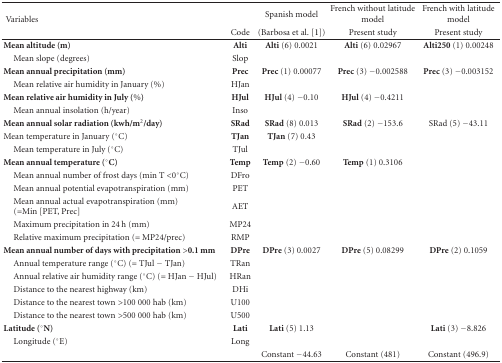
<table><thead><tr><td rowspan="2"><b> Variables</b></td><td></td><td><b>Spanish model</b></td><td><b>French without latitude model</b></td><td><b>French with latitude model</b></td></tr><tr><td><b>Code</b></td><td><b>(Barbosa et al. [1])</b></td><td><b>Present study</b></td><td><b>Present study</b></td></tr></thead><tbody><tr><td><b>Mean altitude (m)</b></td><td><b>Alti</b></td><td><b>Alti</b> (6) 0.0021</td><td><b>Alti</b> (6) 0.02967</td><td><b>Alti250</b> (1) 0.00248</td></tr><tr><td> Mean slope (degrees)</td><td>Slop</td><td></td><td></td><td></td></tr><tr><td><b>Mean annual precipitation (mm)</b></td><td><b>Prec</b></td><td><b>Prec</b> (1) 0.00077</td><td><b>Prec</b> (3) −0.002588</td><td><b>Prec</b> (3) −0.003152</td></tr><tr><td> Mean relative air humidity in January (%)</td><td>HJan</td><td></td><td></td><td></td></tr><tr><td><b>Mean relative air humidity in July (%)</b></td><td><b>HJul </b></td><td><b>HJul</b> (4) −0.10</td><td><b>HJul</b> (4) −0.4211</td><td></td></tr><tr><td> Mean annual insolation (h/year)</td><td>Inso</td><td></td><td></td><td></td></tr><tr><td><b>Mean annual solar radiation (kwh/m2/day)</b></td><td><b>SRad </b></td><td><b>SRad</b> (8) 0.013</td><td><b>SRad</b> (2) −153.6</td><td>SRad (5) −43.11</td></tr><tr><td>Mean temperature in January (°C)</td><td><b>TJan </b></td><td><b>TJan</b> (7) 0.43</td><td></td><td></td></tr><tr><td> Mean temperature in July (°C)</td><td>TJul</td><td></td><td></td><td></td></tr><tr><td><b>Mean annual temperature (°C)</b></td><td><b>Temp</b></td><td><b>Temp</b> (2) −0.60</td><td><b>Temp</b> (1) 0.3106</td><td></td></tr><tr><td> Mean annual number of frost days (min T &lt;0°C)</td><td>DFro</td><td></td><td></td><td></td></tr><tr><td> Mean annual potential evapotranspiration (mm)</td><td>PET</td><td></td><td></td><td></td></tr><tr><td> Mean annual actual evapotranspiration (mm) (=Min [PET, Prec]</td><td>AET</td><td></td><td></td><td></td></tr><tr><td> Maximum precipitation in 24 h (mm)</td><td>MP24</td><td></td><td></td><td></td></tr><tr><td> Relative maximum precipitation (= MP24/prec)</td><td>RMP</td><td></td><td></td><td></td></tr><tr><td><b>Mean annual number of days with precipitation &gt;0.1 mm</b></td><td><b>DPre </b></td><td><b>DPre</b> (3) 0.0027</td><td><b>DPre</b> (5) 0.08299</td><td><b>DPre</b> (2) 0.1059</td></tr><tr><td> Annual temperature range (°C) (= TJul − TJan)</td><td>TRan</td><td></td><td></td><td></td></tr><tr><td> Annual relative air humidity range (°C) (= HJan − HJul)</td><td>HRan</td><td></td><td></td><td></td></tr><tr><td> Distance to the nearest highway (km)</td><td>DHi</td><td></td><td></td><td></td></tr><tr><td> Distance to the nearest town &gt;100 000 hab (km)</td><td>U100</td><td></td><td></td><td></td></tr><tr><td> Distance to the nearest town &gt;500 000 hab (km)</td><td>U500</td><td></td><td></td><td></td></tr><tr><td><b>Latitude (°N)</b></td><td><b>Lati</b></td><td><b>Lati</b> (5) 1.13</td><td></td><td><b>Lati</b> (3) −8.826</td></tr><tr><td> Longitude (°E)</td><td>Long</td><td></td><td></td><td></td></tr><tr><td></td><td></td><td>Constant −44.63</td><td>Constant (481)</td><td>Constant (496.9)</td></tr></tbody></table>